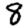
Digit: 8